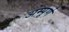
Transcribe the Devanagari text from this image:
अम्पूर्ण